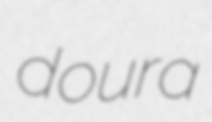
doura